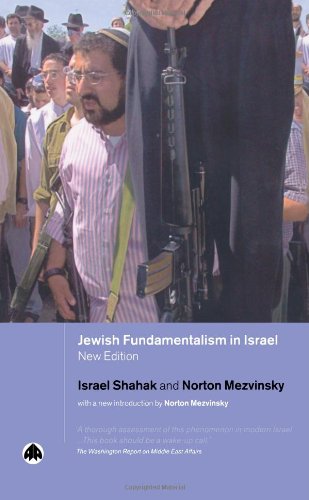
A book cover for Jewish Fundamentalism in Israel (Pluto Middle Eastern Studies S); Israel Shahak; Christian Books & Bibles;